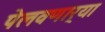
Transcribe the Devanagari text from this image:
पेलवणार्‍या